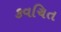
કવચિત